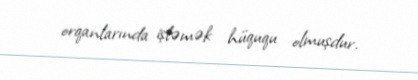
orqanlarında işləmək hüququ olmuşdur.